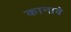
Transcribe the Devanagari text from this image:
कानावे